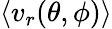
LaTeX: \left<v_{r}(\theta,\phi)\right>